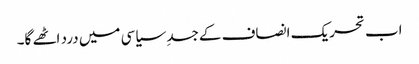
اب تحریک انصاف کے جسدِ سیاسی میں درد اٹھے گا۔